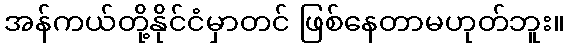
အန်ကယ်တို့နိုင်ငံမှာတင် ဖြစ်နေတာမဟုတ်ဘူး။